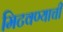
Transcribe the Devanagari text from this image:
मिटवण्याची